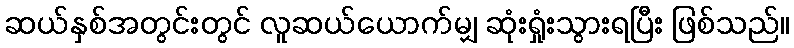
ဆယ်နှစ်အတွင်းတွင် လူဆယ်ယောက်မျှ ဆုံးရှုံးသွားရပြီး ဖြစ်သည်။